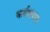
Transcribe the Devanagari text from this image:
कर्यक्षमता